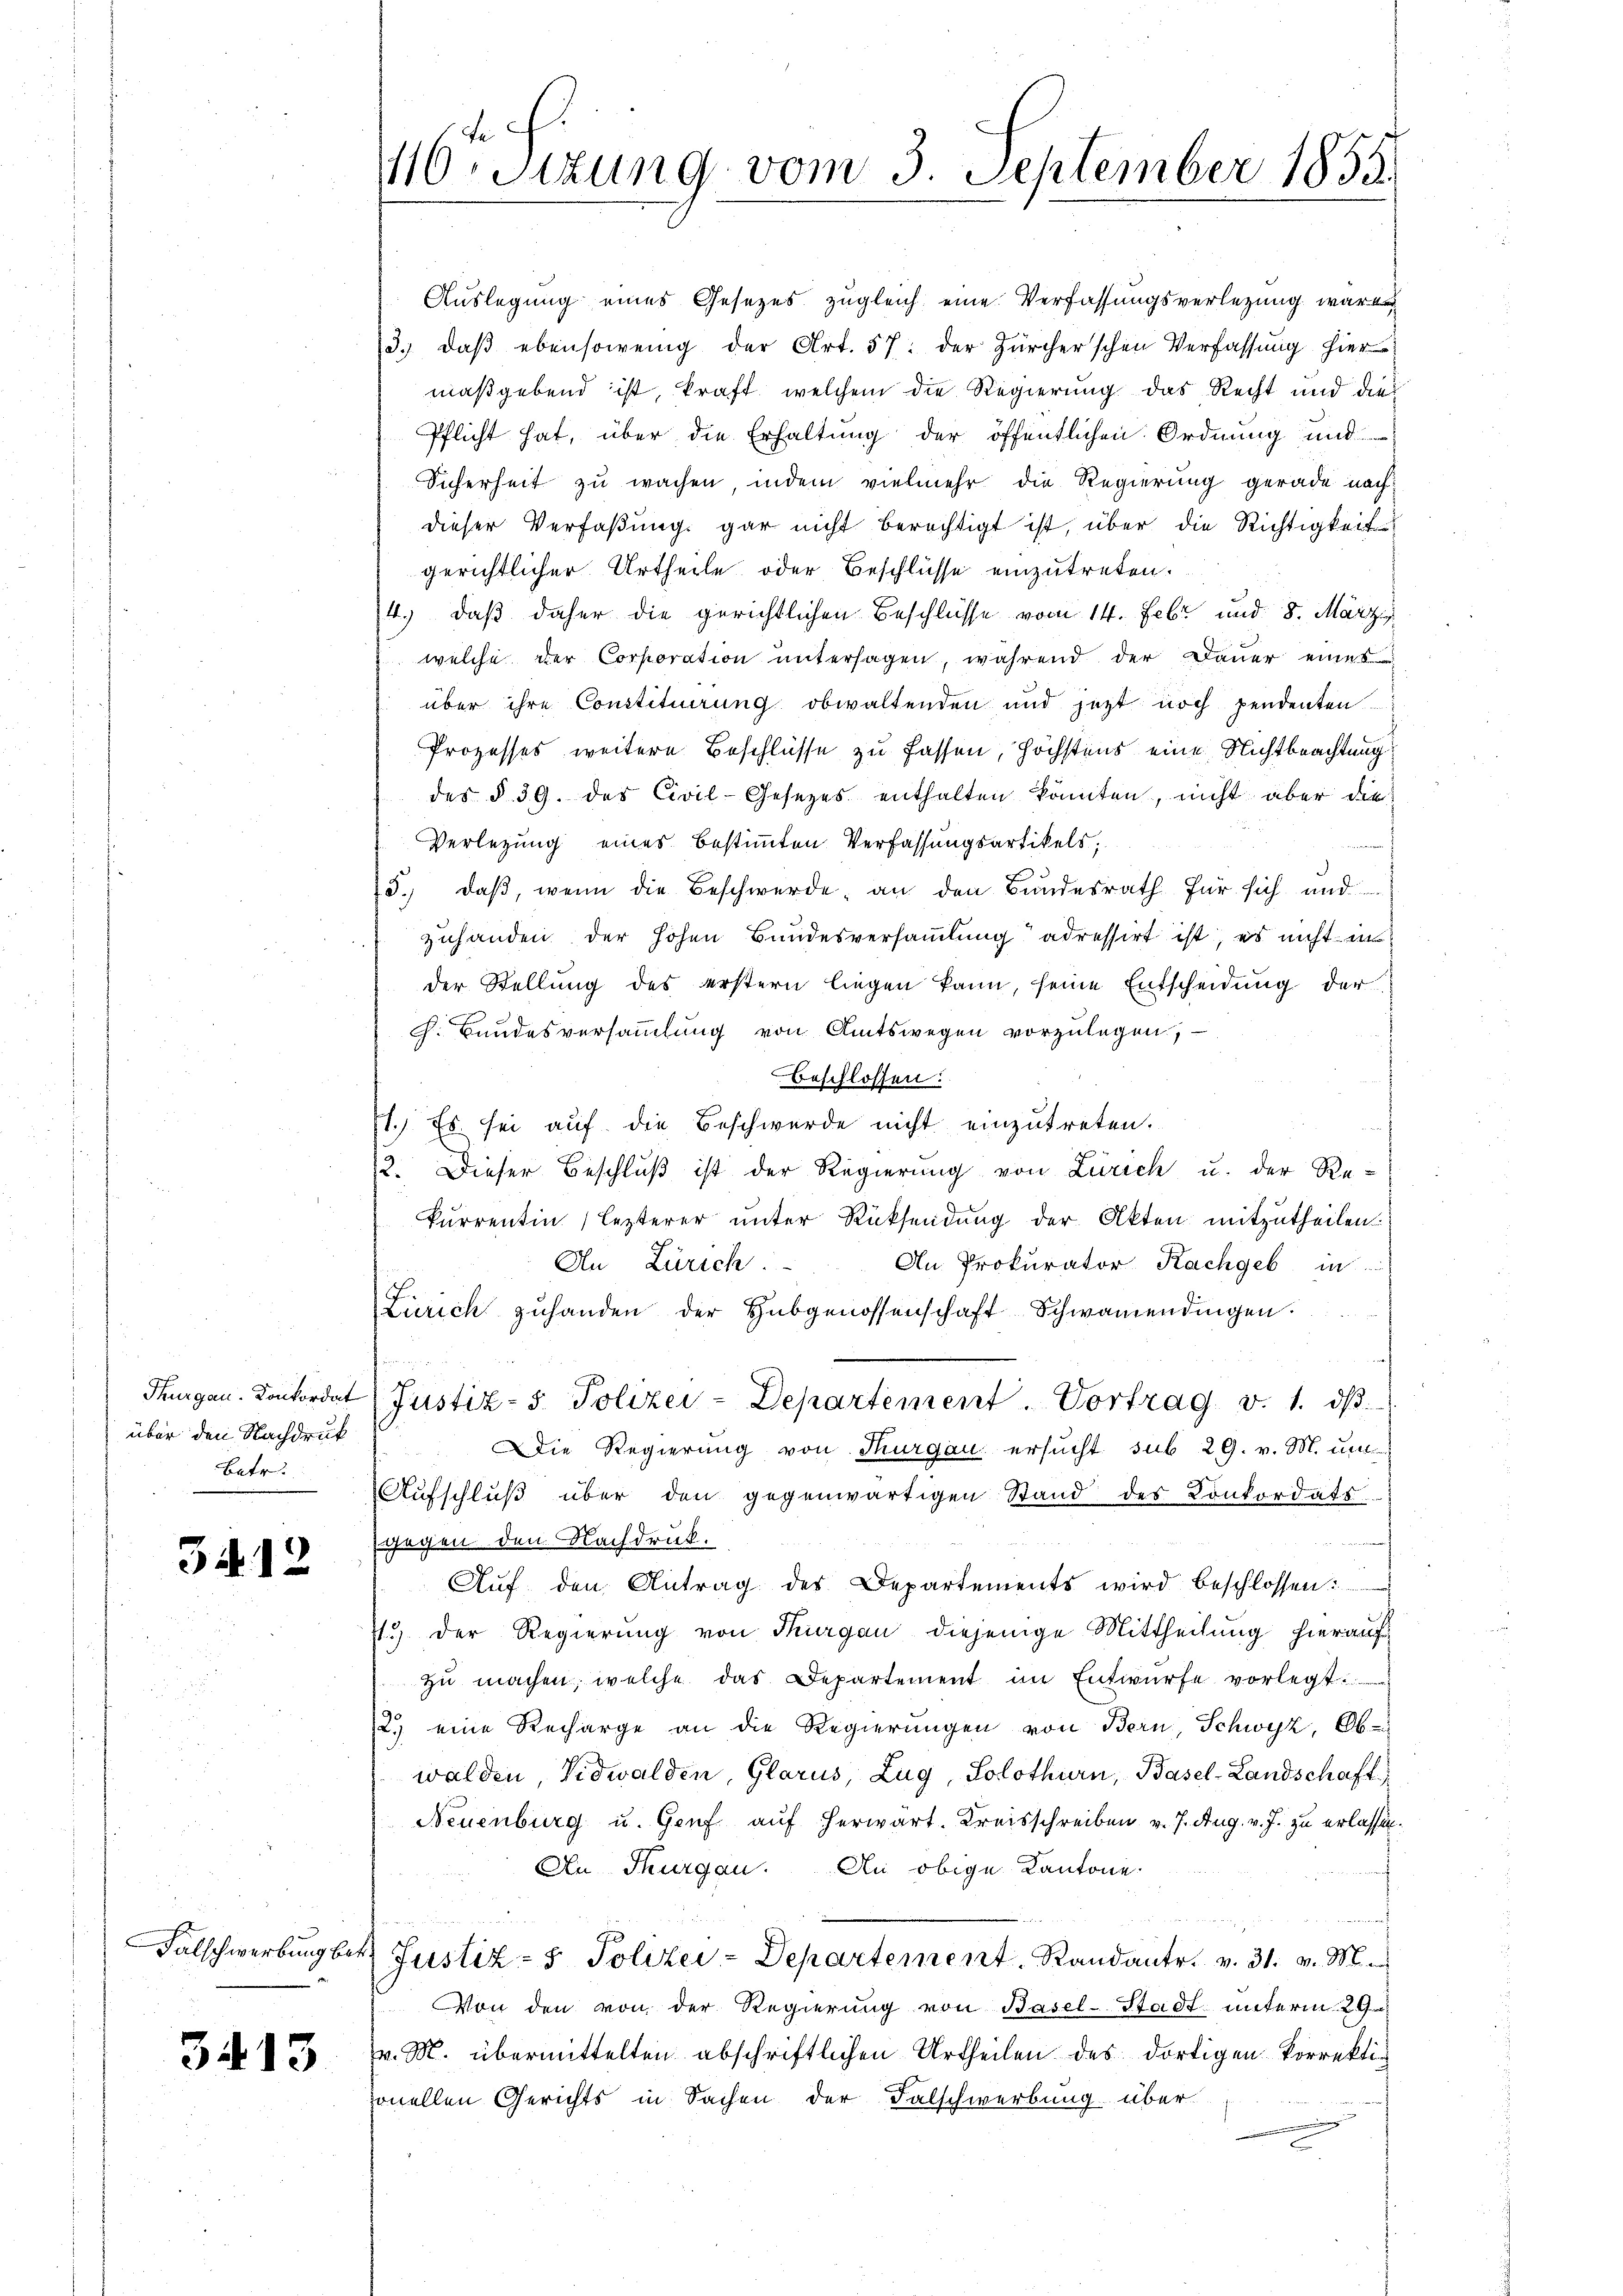
über den Nachdruck
Betr

3412

3413

.
110. Sizung vom 3. September 1855.

Auslegung eines Gesezes zugleich eine Verfassungsverlegung wäre
/3. daβ ebensowenig der Art. 57. der Zürcherschen Verfassŭng hier
maßgebend ist, kraft, welchem die Regierung das Recht und die¬
Pflicht hat, über die Erhaltung der öffentlichen Ordnung und
Sicherheit zu wachen, indem vielmehr die Regierung gerade nachdieser Verfaßung gar nicht berechtigt ist, über die Richtigkeit
gerichtlicher Urtheile oder Beschlüsse einzutreten.
4.) daß daher die gerichtlichen Beschlüsse vom 14. Febr. und 8. März
welche der Corporation untersagen, während der Dauer eines
über ihre Constituirung obwaltenden und jezt noch pendenten.
Prozesses weitere Beschlüsse zu fassen, höchstens eine Nichtbeachtung
des § 39. des Civil-Gesezes enthalten könnten, nicht aber die
Verlegung eines bestimmten Verfassungsartikels,
5., daß, wenn die Beschwerde, an den Bundesrath für sich und
zuhanden der hohen Bundesversammlung adressirt ist, es nicht in
der Stellung des erstern liegen kann, seine Entscheidung der
h. Bandesversammlung von Amtswegen vorzulegen,
Beschlossen:
1.) Es sei auf die Beschwerde nicht einzutreten.
. Dieser Beschluß ist der Regierung von Zürich u. der Rekurrentin lezterer unter Rücksendung der Akten mitzutheilen.
An Prokurator Rachgeb in
An Zürich.
Zürich zŭhanden der Hubgenossenschaft Schwamendingen.
n
Thurgau. Contordat (Justiz- 5. Polizei-Departement. Vortrag v. 1. ds.
Die Regierung von Thurgau ersucht sub 29. v. M. um
Aufschluß über den gegenwärtigen Stand des Konkordats-
gegen den Nachdruck.
Aŭf den Antrag des Departements wird beschlossen:
13 der Regierung von Thurgau diejenige Mittheilung hierauf
zŭ machen, welche das Departement im Entwürfe vorlegt.
2.) eine Recharge an die Regierungen von Bern, Schwyz, Ob-
walden Nidwalden, Glarus, Zug, Solothurn, Basel-Landschaft
Neuenburg u. Genf auf herwart. Kreisschreiben v. 7. Aug. v. J. zu erlassen.
An Thurgau. An obige Kantone.
Falschwerbung bis Justiz- & Polizei-Departement, Randantr. v. 31. v. M.
Von den von der Regierung von Basel-Stadt unterm 29
v. M. übermittelten abschriftlichen Urtheilen des dortigen korrektionellen Gerichts in Sachen der Falschwerbung über